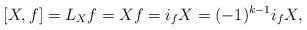
LaTeX: \begin{align*}[X,f] = L_X f=Xf=i_fX=(-1)^{k-1}i_fX,\end{align*}